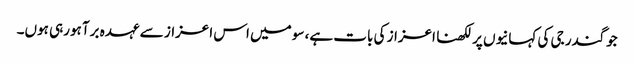
جوگندر جی کی کہانیوں پر لکھنا اعزاز کی بات ہے، سو میں اس اعزاز سے عہدہ برآ ہورہی ہوں۔